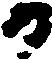
日